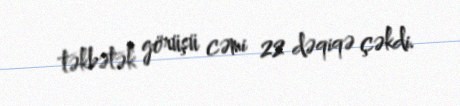
təkbətək görüşü cəmi 22 dəqiqə çəkdi.